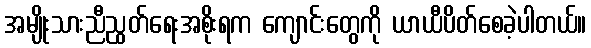
အမျိုးသားညီညွတ်ရေးအစိုးရက ကျောင်းတွေကို ယာယီပိတ်စေခဲ့ပါတယ်။